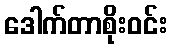
ဒေါက်တာစိုးဝင်း